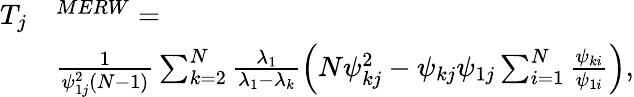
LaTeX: \begin{array}{rl}{T_{j}}&{^{MERW}=}\\ &{\frac{1}{\psi_{1j}^{2}(N-1)}\sum_{k=2}^{N}\frac{\lambda_{1}}{\lambda_{1}-\lambda_{k}}\left(N\psi_{kj}^{2}-\psi_{kj}\psi_{1j}\sum_{i=1}^{N}\frac{\psi_{ki}}{\psi_{1i}}\right),}\end{array}